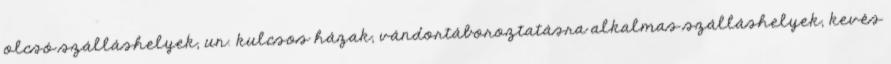
olcsó szálláshelyek, un. kulcsos házak, vándortáboroztatásra alkalmas szálláshelyek, kevés